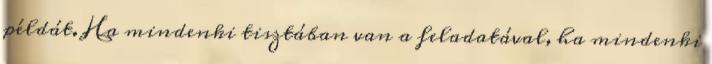
példát. Ha mindenki tisztában van a feladatával, ha mindenki